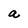
Character: a